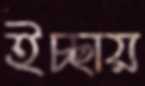
ইচ্ছায়